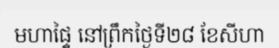
មហាផ្ទៃ នៅព្រឹកថ្ងៃទី២៨ ខែសីហា